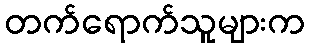
တက်ရောက်သူများက